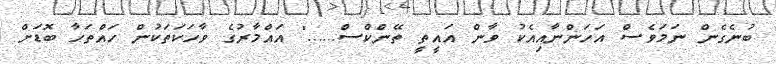
ބުނެގެން ނަމަވެސް އަހަންނާއިއެކު ވާން އައީތީ ތޭންކްސް......" އައްމާރުގެ ވާހަކަތަކުން ހައްތަހާ ބޮޑަށް